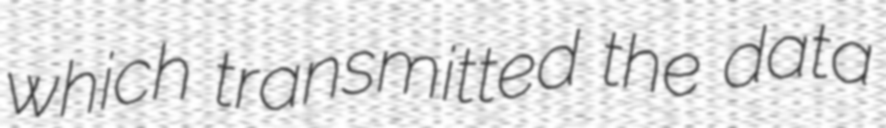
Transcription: which transmitted the data